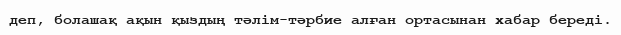
деп, болашақ ақын қыздың тәлім-тәрбие алған ортасынан хабар береді.